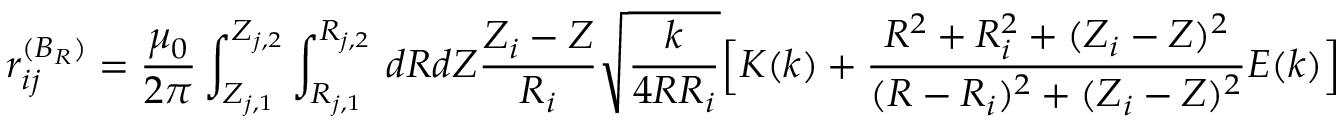
r _ { i j } ^ { ( B _ { R } ) } = \frac { \mu _ { 0 } } { 2 \pi } \int _ { Z _ { j , 1 } } ^ { Z _ { j , 2 } } \int _ { R _ { j , 1 } } ^ { R _ { j , 2 } } \, d R d Z \frac { Z _ { i } - Z } { R _ { i } } \sqrt { \frac { k } { 4 R R _ { i } } } \Big [ K ( k ) + \frac { R ^ { 2 } + R _ { i } ^ { 2 } + ( Z _ { i } - Z ) ^ { 2 } } { ( R - R _ { i } ) ^ { 2 } + ( Z _ { i } - Z ) ^ { 2 } } E ( k ) \Big ]